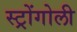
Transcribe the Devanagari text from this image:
स्ट्रोंगोली